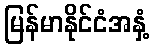
မြန်မာနိုင်ငံအနှံ့